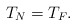
\begin{align*} T_N=T_F.\end{align*}